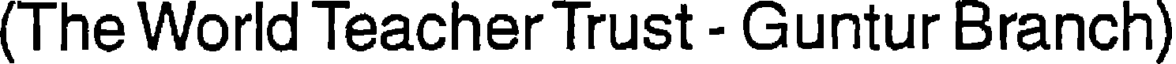
(The World Teacher Trust - Guntur Branch)